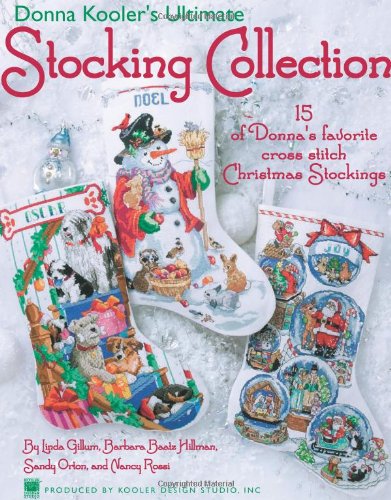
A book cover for Donna Kooler's Ultimate Stocking Collection (Leisure Arts #4082); Kooler Design Studio; Crafts, Hobbies & Home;